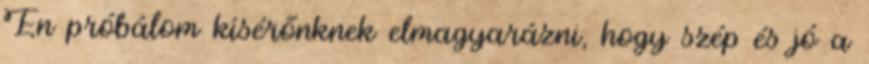
Én próbálom kísérőnknek elmagyarázni, hogy szép és jó a